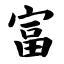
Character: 富